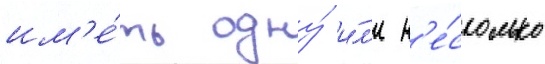
им'е́ть одну́ и́л'и н'е́сколько